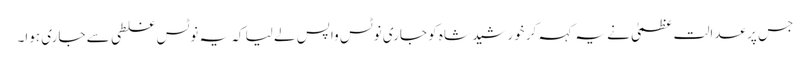
جس پر عدالت عظمیٰ نے یہ کہہ کر خورشید شاہ کو جاری نوٹس واپس لے لیا کہ یہ نوٹس غلطی سے جاری ہوا۔